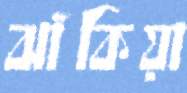
ঝাঁকিয়া